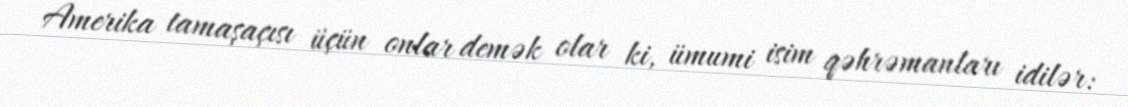
Amerika tamaşaçısı üçün onlar demək olar ki, ümumi isim qəhrəmanları idilər: